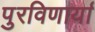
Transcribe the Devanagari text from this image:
पुरविणार्या